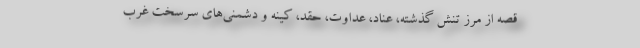
قصه از مرز تنش گذشته، عناد، عداوت، حقد، کینه و دشمنی‌های سرسخت غرب